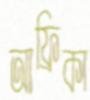
আফ্রিকা